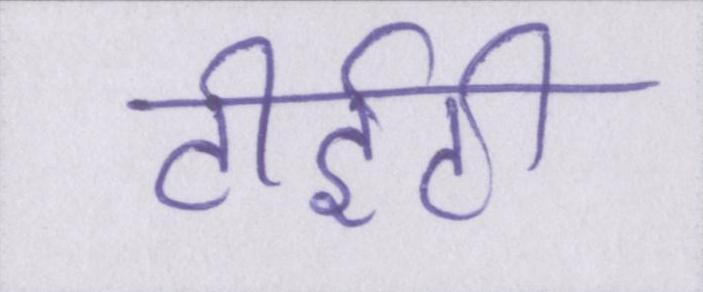
टीईटी